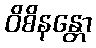
ဝိစိနန္တော